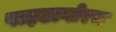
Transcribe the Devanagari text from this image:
पाइठागोरस